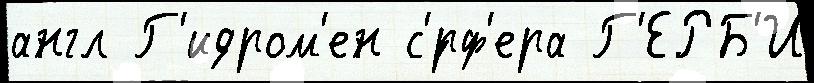
англ Г'идром'ен с'́рф'ера Г'ЕРБ'И